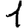
Digit: 1